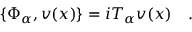
\{ \Phi _ { \alpha } , v ( x ) \} = i T _ { \alpha } v ( x ) \quad .